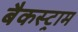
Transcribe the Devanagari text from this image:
बैकस्ट्राम